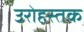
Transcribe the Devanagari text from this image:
उरोहस्तक